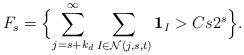
LaTeX: \begin{align*}F_s = \Bigl\{\sum_{j = s+k_d} ^{\infty } \sum_{I\in \mathcal N (j,s,t)} \mathbf 1_{I} > C s 2 ^{s} \Bigr\}. \end{align*}